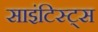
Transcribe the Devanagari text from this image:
साइंटिस्ट्स